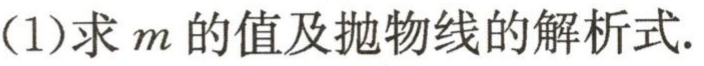
(1)求\(m\)的值及抛物线的解析式.